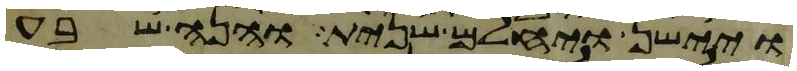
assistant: ויישן ויחלם שנית והנה שבע